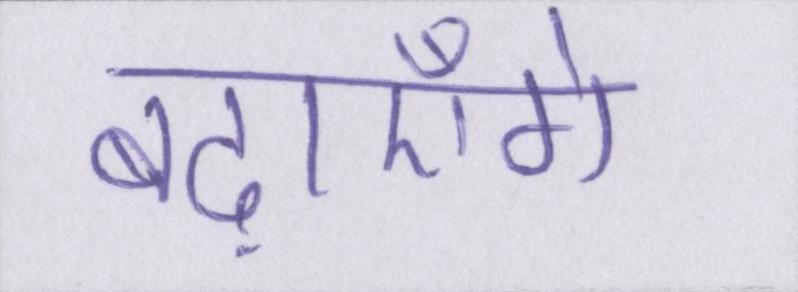
बढ़ाएँगे